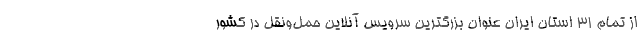
از تمام ۳۱ استان ایران عنوان بزرگترین سرویس آنلاین حمل‌ونقل در کشور